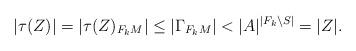
LaTeX: \begin{align*} |\tau(Z)| = |\tau(Z)_{F_kM}| \leq |\Gamma_{F_kM}| < |A|^{|F_k\setminus S|} = |Z|. \end{align*}